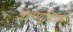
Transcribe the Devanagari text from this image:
अलम्यूनियम